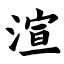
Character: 渲